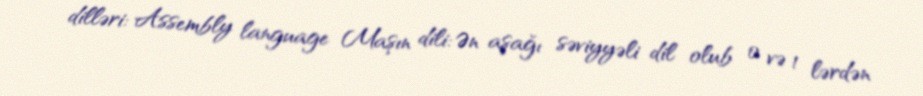
dilləri: Assembly language Maşın dili: Ən aşağı səviyyəli dil olub 0 və 1 lərdən